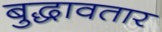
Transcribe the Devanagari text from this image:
बुद्धावतार